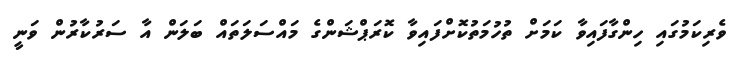
ވެރިކަމުގައި ހިންގާފައިވާ ކަމަށް ތުހުމަތުކޮށްފައިވާ ކޮރަޕްޝަންގެ މައްސަލަތައް ބަލަން އާ ސަރުކާރުން ވަނީ